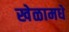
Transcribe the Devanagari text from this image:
खेळामधे